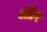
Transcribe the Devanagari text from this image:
अंटेर